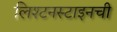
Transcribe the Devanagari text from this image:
लिश्टनस्टाइनची